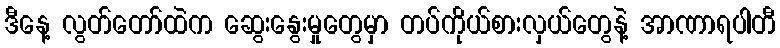
ဒီနေ့ လွတ်တော်ထဲက ဆွေးနွေးမှုတွေမှာ တပ်ကိုယ်စားလှယ်တွေနဲ့ အာဏာရပါတီ